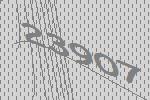
23907